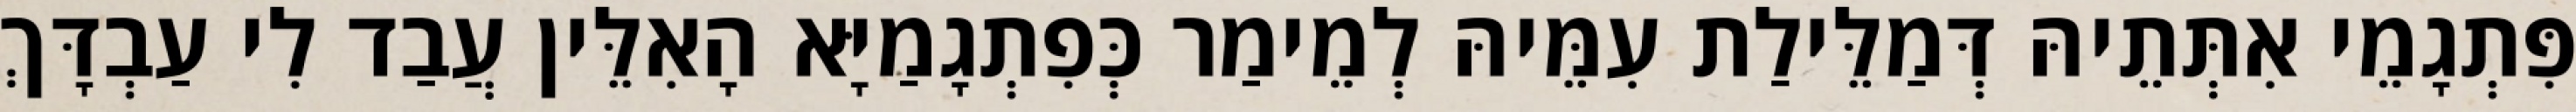
פִּתְגָמֵי אִתְּתֵיהּ דְּמַלֵּילַת עִמֵּיהּ לְמֵימַר כְּפִתְגָמַיָּא הָאִלֵּין עֲבַד לִי עַבְדָּךְ